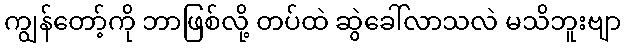
ကျွန်တော့်ကို ဘာဖြစ်လို့ တပ်ထဲ ဆွဲခေါ်လာသလဲ မသိဘူးဗျာ